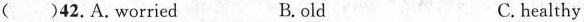
( )42.A.worried B.old C. healthy